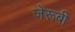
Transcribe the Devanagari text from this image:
जेरूबी